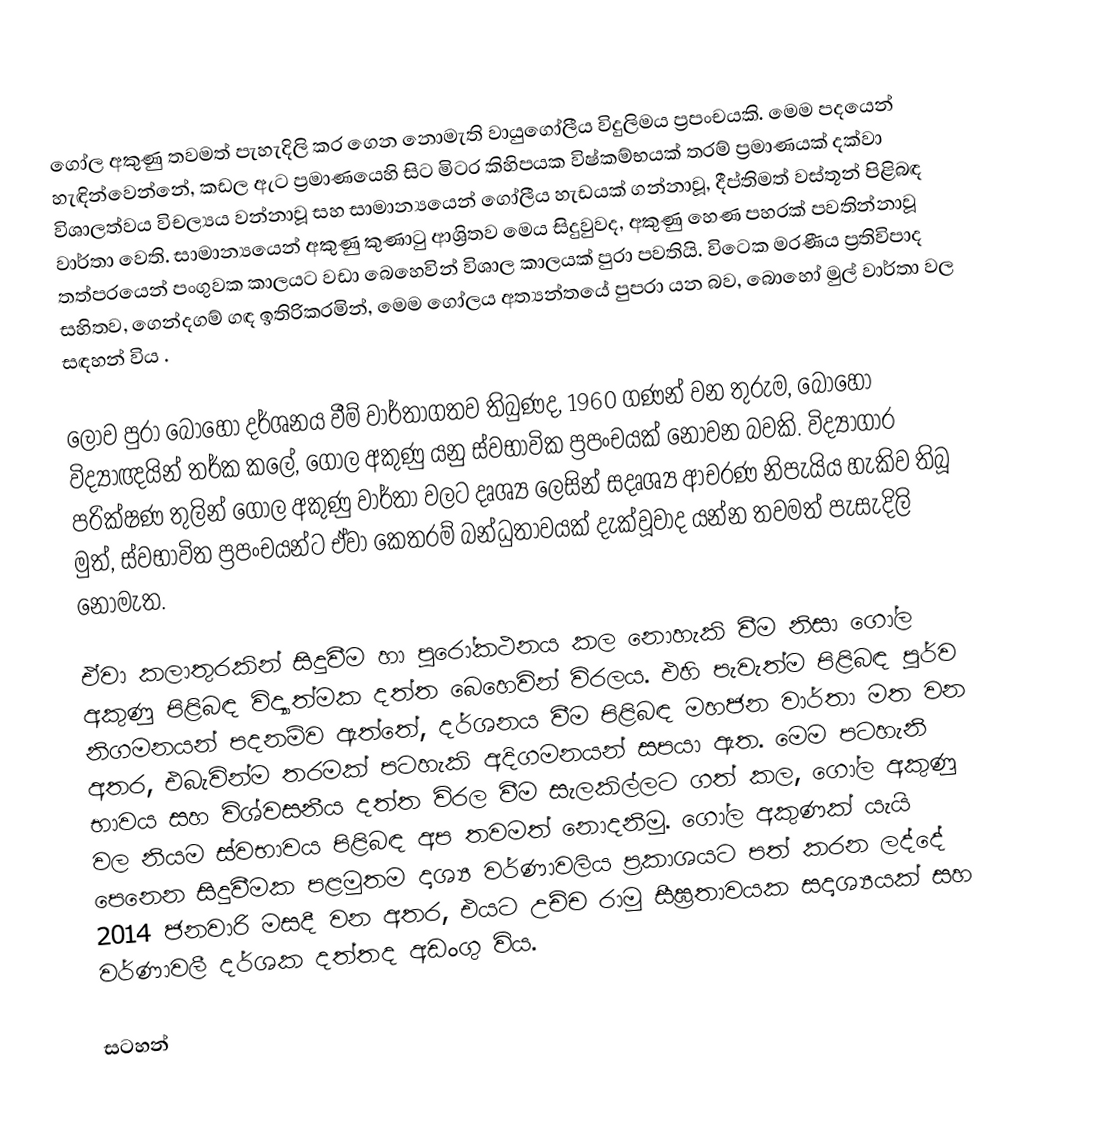
ගෝල අකුණු තවමත් පැහැදිලි කර ගෙන නොමැති වායුගෝලීය විදුලිමය ප්‍රපංචයකි. මෙම පදයෙන් හැඳින්වෙන්නේ, කඩල ඇට ප්‍රමාණයෙහි සිට මිටර කිහිපයක විෂ්කම්භයක් තරම් ප්‍රමාණයක් දක්වා විශාලත්වය විචල්‍යය වන්නාවූ සහ සාමාන්‍යයෙන් ගෝලීය හැඩයක් ගන්නාවූ, දීප්තිමත් වස්තූන් පිළිබඳ වාර්තා වෙති. සාමාන්‍යයෙන් අකුණු කුණාටු ආශ්‍රිතව මෙය සිදුවුවද, අකුණු හෙණ පහරක් පවතින්නාවූ තත්පරයෙන් පංගුවක කාලයට වඩා බෙහෙවින් විශාල කාලයක් පුරා පවතියි. විටෙක මරණීය ප්‍රතිවිපාද සහිතව, ගෙන්දගම් ගඳ ඉතිරිකරමින්, මෙම ගෝලය අත්‍යන්තයේ පුපරා යන බව, බොහෝ මුල් වාර්තා වල සඳහන් විය .

ලොව පුරා බොහෝ දර්ශනය වීම් වාර්තාගතව තිබුණද, 1960 ගණන් වන තුරුම, බොහෝ විද්‍යාඥයින් තර්ක කලේ,  ගෝල අකුණු යනු ස්වභාවික ප්‍රපංචයක් නොවන බවකි.  විද්‍යාගාර පරික්ෂණ තුලින් ගෝල අකුණු වාර්තා වලට දෘශ්‍ය ලෙසින් සදෘශ්‍ය ආචරණ නිපැයිය හැකිව තිබූ මුත්, ස්වභාවිත ප්‍රපංචයන්ට ඒවා කෙතරම් බන්ධුතාවයක් දැක්වූවාද යන්න තවමත් පැසැදිලි නොමැත.

ඒවා කලාතුරකින් සිදුවීම හා පුරෝකථනය කල නොහැකි වීම නිසා ගෝල අකුණු පිළිබඳ විද්‍යාත්මක දත්ත බෙහෙවින් විරලය. එහි පැවැත්ම පිළිබඳ පූර්ව නිගමනයන් පදනම්ව ඇත්තේ, දර්ශනය වීම පිළිබඳ මහජන වාර්තා මත වන අතර, එබැවින්ම තරමක් පටහැකි අදිගමනයන් සපයා ඇත. මෙම පටහැනි භාවය සහ විශ්වසනීය දත්ත විරල වීම සැලකිල්ලට ගත් කල, ගෝල අකුණු වල නියම ස්වභාවය පිළිබඳ අප තවමත් නොදනිමු. ගෝල අකුණක් යැයි පෙනෙන සිදුවීමක පළමුතම දෘශ්‍ය වර්ණාවලිය ප්‍රකාශයට පත් කරන ලද්දේ 2014 ජනවාරි මසදී වන අතර, එයට උච්ච රාමු සීඝ්‍රතාවයක සදෘශ්‍යයක් සහ වර්ණාවලී දර්ශක දත්තද අඩංගු විය.

සටහන්